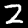
Label: 2